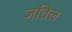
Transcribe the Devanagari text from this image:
जतिल